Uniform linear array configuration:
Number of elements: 16
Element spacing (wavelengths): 1
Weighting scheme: blackman
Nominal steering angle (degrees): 0
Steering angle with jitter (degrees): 0.9153
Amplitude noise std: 0.05
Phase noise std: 0.05

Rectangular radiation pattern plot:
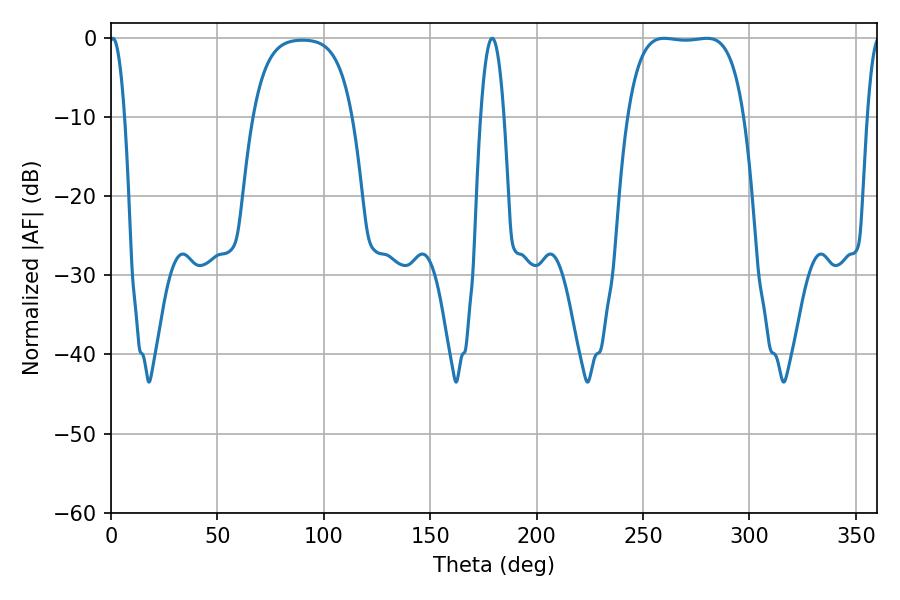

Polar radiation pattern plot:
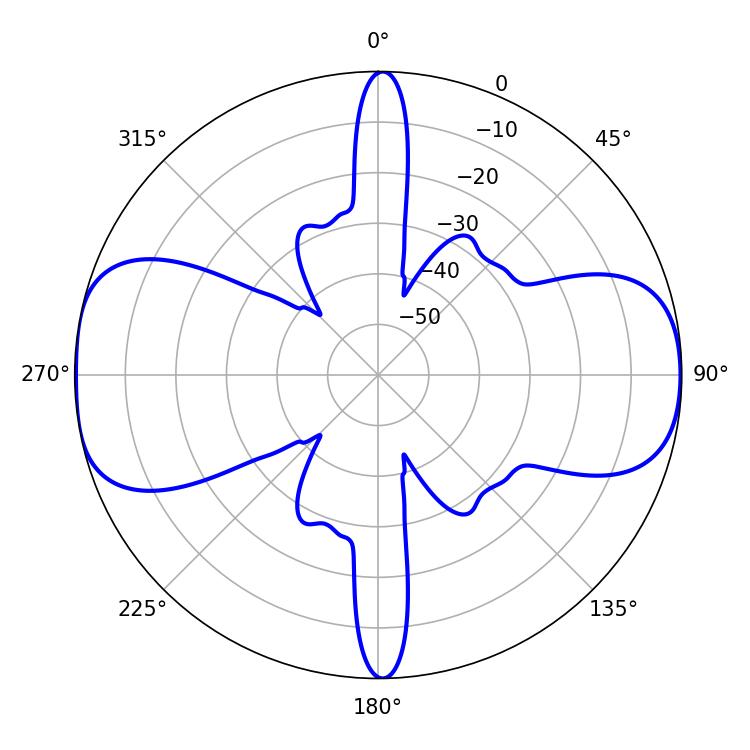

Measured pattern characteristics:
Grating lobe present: TRUE
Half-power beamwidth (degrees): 42.84
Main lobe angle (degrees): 259.92